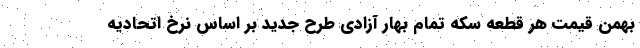
بهمن قیمت هر قطعه سکه تمام بهار آزادی طرح جدید بر اساس نرخ اتحادیه